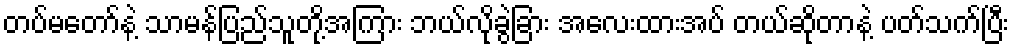
တပ်မတော်နဲ့ သာမန်ပြည်သူတို့အကြား ဘယ်လိုခွဲခြား အလေးထားအပ် တယ်ဆိုတာနဲ့ ပတ်သက်ပြီး